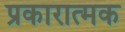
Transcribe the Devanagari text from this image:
प्रकारात्मक